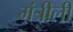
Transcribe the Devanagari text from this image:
मंत्रीली